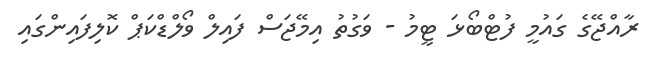
ރާއްޖޭގެ ގައުމީ ފުޓްބޯޅަ ޓީމު - ވަގުތު އިމޭޖަސް ފައިލް ވޯލްޑްކަޕް ކޮލިފައިންގައި